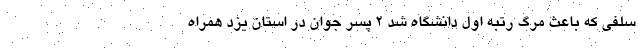
سلفی که باعث مرگ رتبه اول دانشگاه شد ۲ پسر جوان در استان یزد همراه